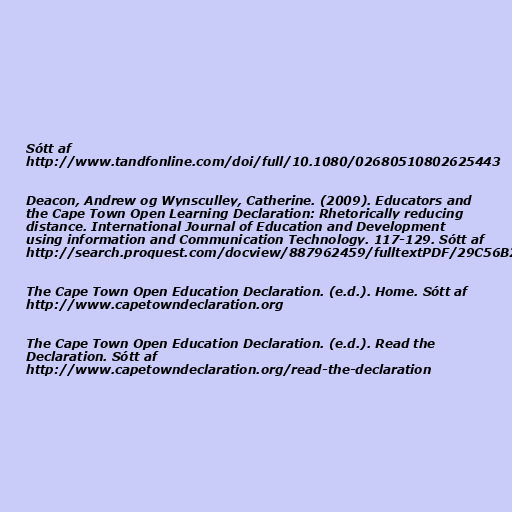
Sótt af
http://www.tandfonline.com/doi/full/10.1080/02680510802625443

Deacon, Andrew og Wynsculley, Catherine. (2009). Educators and
the Cape Town Open Learning Declaration: Rhetorically reducing
distance. International Journal of Education and Development
using information and Communication Technology. 117-129. Sótt af
http://search.proquest.com/docview/887962459/fulltextPDF/29C56B299D2F43EEPQ/1?accountid=135701

The Cape Town Open Education Declaration. (e.d.). Home. Sótt af
http://www.capetowndeclaration.org

The Cape Town Open Education Declaration. (e.d.). Read the
Declaration. Sótt af
http://www.capetowndeclaration.org/read-the-declaration